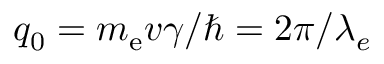
q _ { 0 } = m _ { \mathrm { e } } v \gamma / \hbar = 2 \pi / \lambda _ { e }